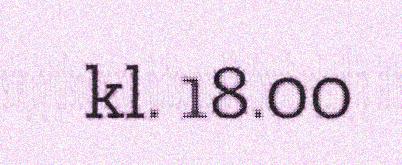
kl. 18.00